Etiology and epidemiology of plague
Disease focus: Plague
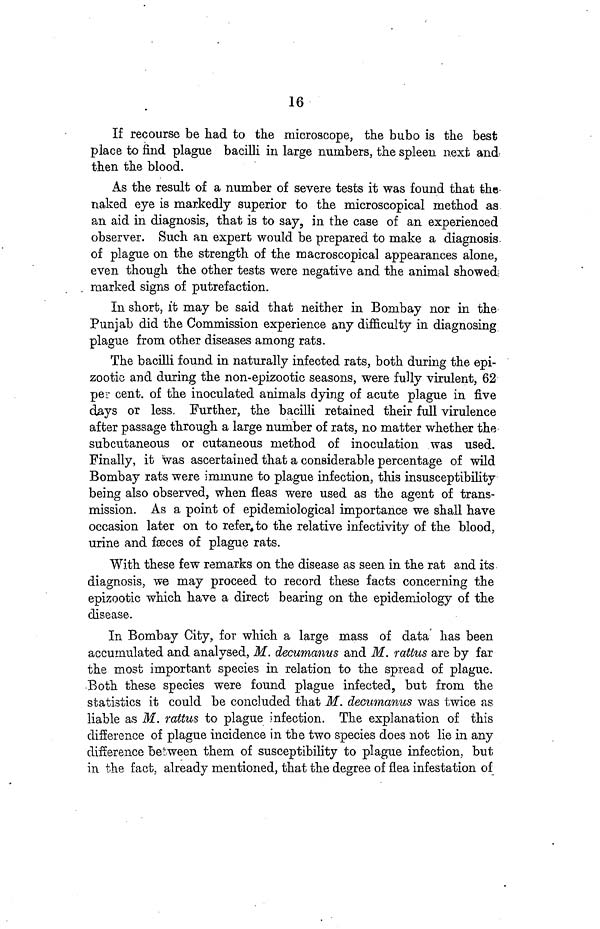
16
If recourse be had to the microscope, the bubo is the best
place to find plague bacilli in large numbers, the spleen next and
then the blood.
As the result of a number of severe tests it was found that the
naked eye is markedly superior to the microscopical method as
an aid in diagnosis, that is to say, in the case of an experienced
observer. Such an expert would be prepared to make a diagnosis,
of plague on the strength of the macroscopical appearances alone,
even though the other tests were negative and the animal showed
marked signs of putrefaction.
In short, it may be said that neither in Bombay nor in the
Punjab did the Commission experience any difficulty in diagnosing
plague from other diseases among rats.
The bacilli found in naturally infected rats, both during the epi-
zootic and during the non-epizootic seasons, were fully virulent, 62
per cent. of the inoculated animals dying of acute plague in five
days or less. Further, the bacilli retained their full virulence
after passage through a large number of rats, no matter whether the
subcutaneous or cutaneous method of inoculation was used.
Finally, it was ascertained that a considerable percentage of wild
Bombay rats were immune to plague infection, this insusceptibility
being also observed, when fleas were used as the agent of trans-
mission. As a point of epidemiological importance we shall have
occasion later on to refer, to the relative infectivity of the blood,
urine and fæces of plague rats.
With these few remarks on the disease as seen in the rat and its
diagnosis, we may proceed to record these facts concerning the
epizootic which have a direct bearing on the epidemiology of the
disease-
In Bombay City, for which a large mass of data has been
accumulated and analysed, M. decumanus and M. rattus are by far
the most important species in relation to the spread of plague.
Both these species were found plague infected, but from the
statistics it could be concluded that M. decumanus was twice as
liable as M. rattus to plague infection. The explanation of this
difference of plague incidence in the two species does not lie in any
difference between them of susceptibility to plague infection, but
in the fact, already mentioned, that the degree of flea infestation of